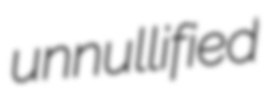
unnullified